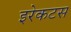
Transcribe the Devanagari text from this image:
इरेकटस